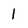
Character: 1